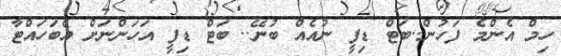
ހިމް އެންމެ ފަހުން..ބަޓް ޑިފީ ނުއެއް ބުނޭ.. ބަޓް ޑިފީ އަހަންނަށް އެބަހައްޓާ